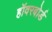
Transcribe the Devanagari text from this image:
हॉवरबोर्ड